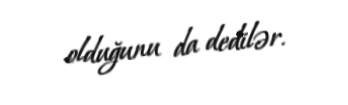
olduğunu da dedilər.